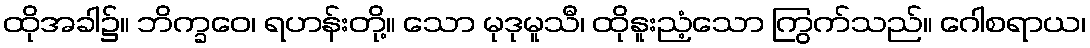
ထိုအခါ၌။ ဘိက္ခဝေ၊ ရဟန်းတို့။ သော မုဒုမူသီ၊ ထိုနူးညံ့သော ကြွက်သည်။ ဂေါစရာယ၊